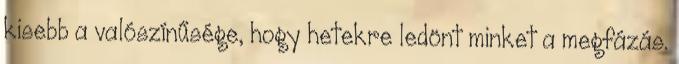
kisebb a valószínűsége, hogy hetekre ledönt minket a megfázás.